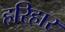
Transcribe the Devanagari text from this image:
हरिहार